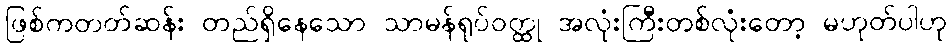
ဖြစ်ကတတ်ဆန်း တည်ရှိနေသော သာမန်ရုပ်ဝတ္ထု အလုံးကြီးတစ်လုံးတော့ မဟုတ်ပါဟု